Report on the bubonic plague in Bombay, 1896-1897
Year: 1896
Disease focus: Plague
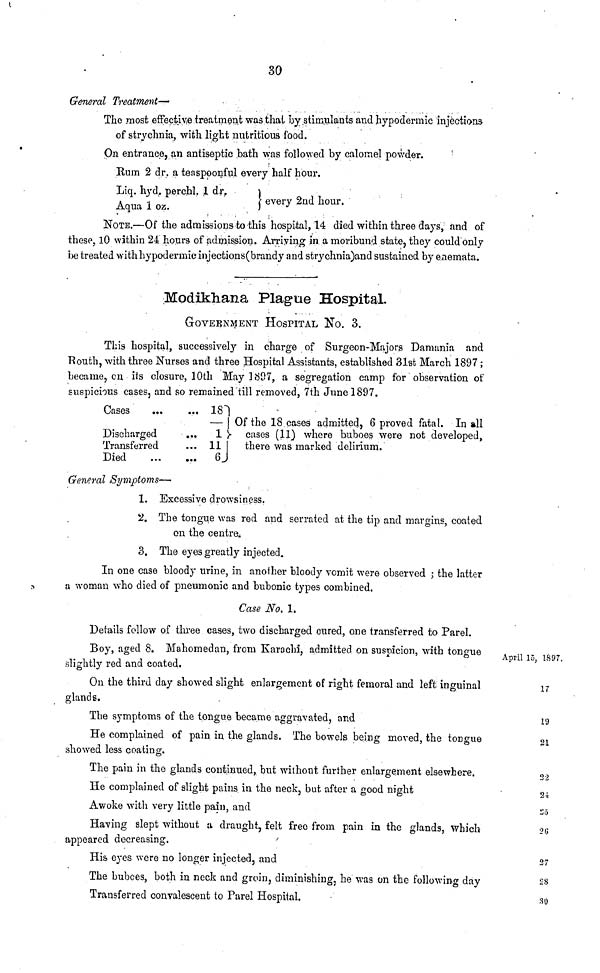
30
General Treatment—
The most effective treatment was that by stimulants and hypodermic injections
of strychnia, with light nutritious food.
On entrance, an antiseptic bath was followed by calomel powder.
Rum 2 dr. a teaspoonful every half hour.
Liq. hyd, perchl. 1 dr,
every 2nd hour.
Aqua 1 oz.
NOTE.—Of the admissions to this hospital, 14 died within three days, and of
these, 10 within 24 hours of admission. Arriving in a moribund state, they could only
be treated with hypodermic injections(brandy and strychnia)and sustained by enemata.
Modikhana Plague Hospital.
GOVERNMENT HOSPITAL No. 3.
This hospital, successively in charge of Surgeon-Majors Damania and
Routh, with three Nurses and three Hospital Assistants, established 31st March 1897 ;
became, on its closure, 10th May 1897, a segregation camp for observation of
suspicious cases, and so remained till removed, 7th June 1897.
Cases
18
Discharged
... 1
Transferred
... 11 I
Died
6
Of the 18 cases admitted, 6 proved fatal. In all
cases (11) where buboes were not developed,
there was marked delirium.
General Symptoms—
1. Excessive drowsiness.
2. The tongue was red and serrated at the tip and margins, coated
on the centre,
3. The eyes greatly injected.
In one case bloody urine, in another bloody vomit were observed ; the latter
a woman who died of pneumonic and bubonic types combined.
Case No. 1.
Details follow of three cases, two discharged cured, one transferred to Parel.
Boy, aged 8. Mahomedan, from Karachi, admitted on suspicion, with tongue
slightly red and coated.
On the third day showed slight enlargement of right femoral and left inguinal
glands.
The symptoms of the tongue became aggravated, and
He complained of pain in the glands. The bowels being moved, the tongue
showed less coating.
The pain in the glands continued, but without further enlargement elsewhere.
He complained of slight pains in the neck, but after a good night
Awoke with very little pain, and
Having slept without a draught, felt free from pain in the glands, which
appeared decreasing.
His eyes were no longer injected, and
The buboes, both in neck and groin, diminishing, he was on the following day
Transferred convalescent to Parel Hospital,
April 15, 1897,
17
19
21
22
24
25
26
27
28
30